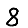
Digit: 8